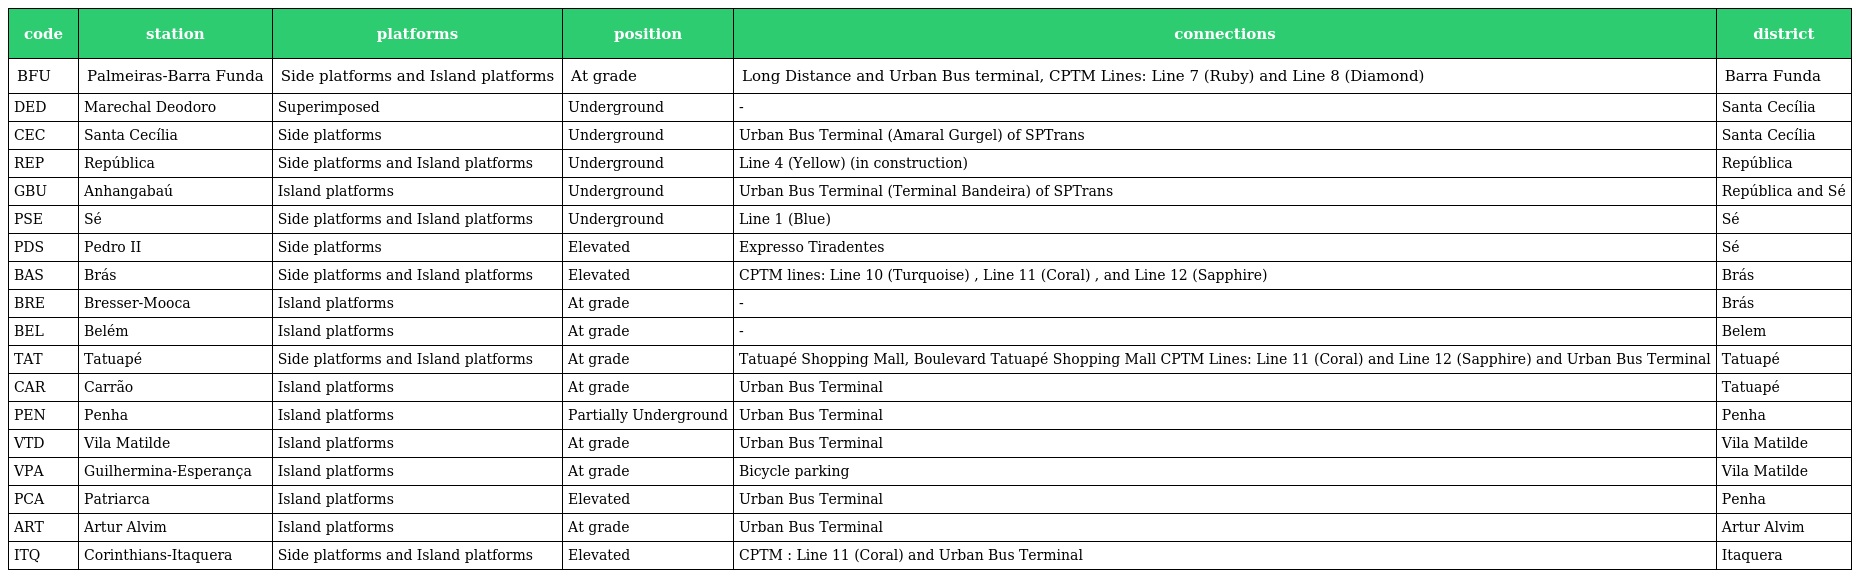
| code | station | platforms | position | connections | district |
 | --- | --- | --- | --- | --- | --- |
 | BFU | Palmeiras-Barra Funda | Side platforms and Island platforms | At grade | Long Distance and Urban Bus terminal, CPTM Lines: Line 7 (Ruby) and Line 8 (Diamond) | Barra Funda |
 | DED | Marechal Deodoro | Superimposed | Underground | - | Santa Cecília |
 | CEC | Santa Cecília | Side platforms | Underground | Urban Bus Terminal (Amaral Gurgel) of SPTrans | Santa Cecília |
 | REP | República | Side platforms and Island platforms | Underground | Line 4 (Yellow) (in construction) | República |
 | GBU | Anhangabaú | Island platforms | Underground | Urban Bus Terminal (Terminal Bandeira) of SPTrans | República and Sé |
 | PSE | Sé | Side platforms and Island platforms | Underground | Line 1 (Blue) | Sé |
 | PDS | Pedro II | Side platforms | Elevated | Expresso Tiradentes | Sé |
 | BAS | Brás | Side platforms and Island platforms | Elevated | CPTM lines: Line 10 (Turquoise) , Line 11 (Coral) , and Line 12 (Sapphire) | Brás |
 | BRE | Bresser-Mooca | Island platforms | At grade | - | Brás |
 | BEL | Belém | Island platforms | At grade | - | Belem |
 | TAT | Tatuapé | Side platforms and Island platforms | At grade | Tatuapé Shopping Mall, Boulevard Tatuapé Shopping Mall CPTM Lines: Line 11 (Coral) and Line 12 (Sapphire) and Urban Bus Terminal | Tatuapé |
 | CAR | Carrão | Island platforms | At grade | Urban Bus Terminal | Tatuapé |
 | PEN | Penha | Island platforms | Partially Underground | Urban Bus Terminal | Penha |
 | VTD | Vila Matilde | Island platforms | At grade | Urban Bus Terminal | Vila Matilde |
 | VPA | Guilhermina-Esperança | Island platforms | At grade | Bicycle parking | Vila Matilde |
 | PCA | Patriarca | Island platforms | Elevated | Urban Bus Terminal | Penha |
 | ART | Artur Alvim | Island platforms | At grade | Urban Bus Terminal | Artur Alvim |
 | ITQ | Corinthians-Itaquera | Side platforms and Island platforms | Elevated | CPTM : Line 11 (Coral) and Urban Bus Terminal | Itaquera |